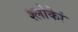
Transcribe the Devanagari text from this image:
श्लोकेां